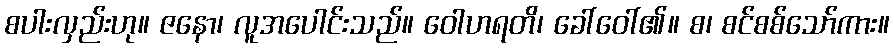
စပါးလှည်းဟု။ ဇနော၊ လူအပေါင်းသည်။ ဝေါဟရတိ၊ ခေါ်ဝေါ်၏။ စ၊ စင်စစ်သော်ကား။